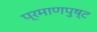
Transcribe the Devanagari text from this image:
प्रमाणपुष्ट